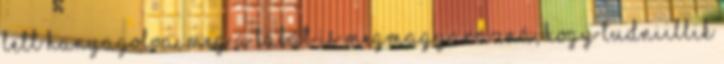
lett hanyagolva, meg a lábát is megmagyarázná, hogy tudniillik